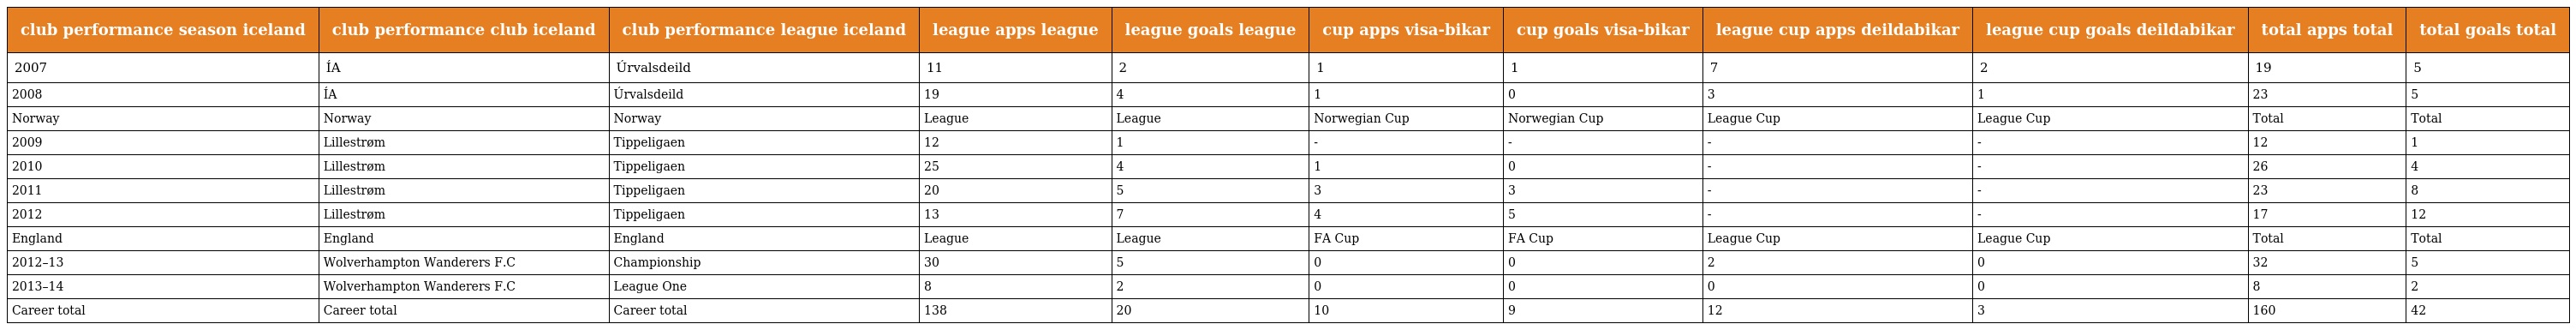
| club performance season iceland | club performance club iceland | club performance league iceland | league apps league | league goals league | cup apps visa-bikar | cup goals visa-bikar | league cup apps deildabikar | league cup goals deildabikar | total apps total | total goals total |
 | --- | --- | --- | --- | --- | --- | --- | --- | --- | --- | --- |
 | 2007 | ÍA | Úrvalsdeild | 11 | 2 | 1 | 1 | 7 | 2 | 19 | 5 |
 | 2008 | ÍA | Úrvalsdeild | 19 | 4 | 1 | 0 | 3 | 1 | 23 | 5 |
 | Norway | Norway | Norway | League | League | Norwegian Cup | Norwegian Cup | League Cup | League Cup | Total | Total |
 | 2009 | Lillestrøm | Tippeligaen | 12 | 1 | - | - | - | - | 12 | 1 |
 | 2010 | Lillestrøm | Tippeligaen | 25 | 4 | 1 | 0 | - | - | 26 | 4 |
 | 2011 | Lillestrøm | Tippeligaen | 20 | 5 | 3 | 3 | - | - | 23 | 8 |
 | 2012 | Lillestrøm | Tippeligaen | 13 | 7 | 4 | 5 | - | - | 17 | 12 |
 | England | England | England | League | League | FA Cup | FA Cup | League Cup | League Cup | Total | Total |
 | 2012–13 | Wolverhampton Wanderers F.C | Championship | 30 | 5 | 0 | 0 | 2 | 0 | 32 | 5 |
 | 2013–14 | Wolverhampton Wanderers F.C | League One | 8 | 2 | 0 | 0 | 0 | 0 | 8 | 2 |
 | Career total | Career total | Career total | 138 | 20 | 10 | 9 | 12 | 3 | 160 | 42 |